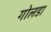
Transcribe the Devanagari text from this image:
गोलडा